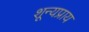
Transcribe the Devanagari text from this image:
शून्यप्राय